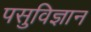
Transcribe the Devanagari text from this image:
पसुविज्ञान